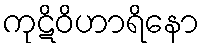
ကုဋိဝိဟာရိနော